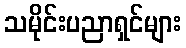
သမိုင်းပညာရှင်များ